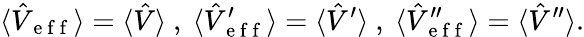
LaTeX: \langle\hat{V}_{\mathrm{~e~f~f~}}\rangle=\langle\hat{V}\rangle\mathrm{~,~}\langle\hat{V}_{\mathrm{~e~f~f~}}^{\prime}\rangle=\langle\hat{V}^{\prime}\rangle\mathrm{~,~}\langle\hat{V}_{\mathrm{~e~f~f~}}^{\prime\prime}\rangle=\langle\hat{V}^{\prime\prime}\rangle.